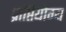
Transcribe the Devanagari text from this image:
प्राप्तियोग्य